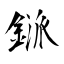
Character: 鎃